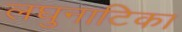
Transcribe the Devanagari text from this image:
लघुनाटिका